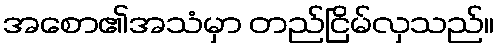
အစော၏အသံမှာ တည်ငြိမ်လှသည်။